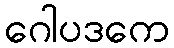
ဂေါပဒကေ